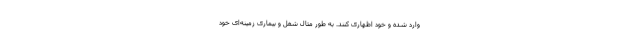
وارد شده و خود اظهاری کنند. به طور مثال شغل و بیماری زمینه‌ای خود